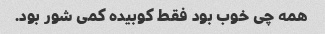
همه چی خوب بود فقط کوبیده کمی شور بود.